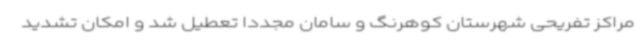
مراکز تفریحی شهرستان کوهرنگ و سامان مجددا تعطیل شد و امکان تشدید